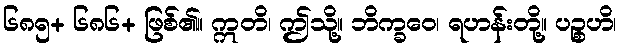
၆၈၅+ ၆၈၆+ ဖြစ်၏။ ဣတိ၊ ဤသို့။ ဘိက္ခဝေ၊ ရဟန်းတို့။ ပဉ္စဟိ၊